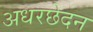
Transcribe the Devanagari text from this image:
अधरछेदन